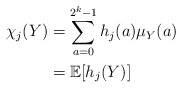
\begin{align*}\chi_j(Y)& = \sum_{a=0}^{2^k-1} h_j (a) \mu_Y(a)\\& = \mathbb{E}[h_j(Y)]\end{align*}